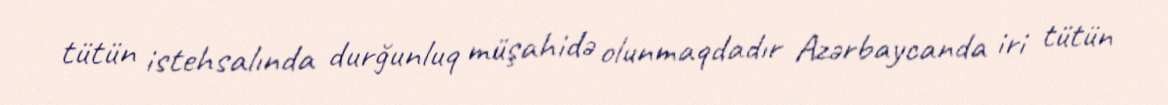
tütün istehsalında durğunluq müşahidə olunmaqdadır Azərbaycanda iri tütün